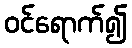
ဝင်ရောက်၍